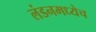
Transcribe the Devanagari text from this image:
लंडनमध्येच